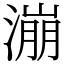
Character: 漰